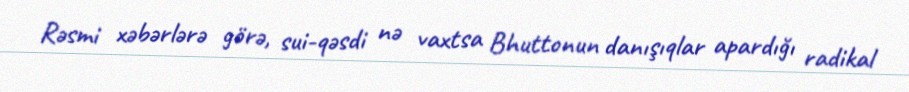
Rəsmi xəbərlərə görə, sui-qəsdi nə vaxtsa Bhuttonun danışıqlar apardığı radikal